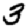
Digit: 3